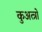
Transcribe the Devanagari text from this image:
कुअत्त्रो